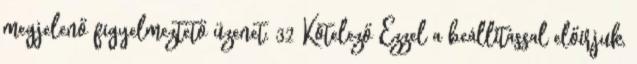
megjelenő figyelmeztető üzenet. 32 Kötelező Ezzel a beállítással előírjuk,